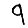
Digit: 9